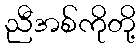
ညီအစ်ကိုတို့